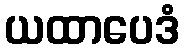
ယထာပေဒံ